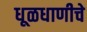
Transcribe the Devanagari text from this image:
धूळधाणीचे